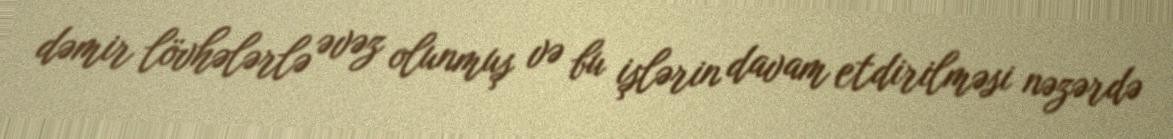
dəmir lövhələrlə əvəz olunmuş və bu işlərin davam etdirilməsi nəzərdə